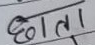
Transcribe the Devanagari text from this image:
छाता।